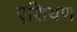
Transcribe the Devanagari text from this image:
एशियण